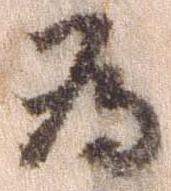
為